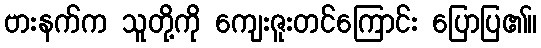
ဗားနက်က သူတို့ကို ကျေးဇူးတင်ကြောင်း ပြောပြ၏။